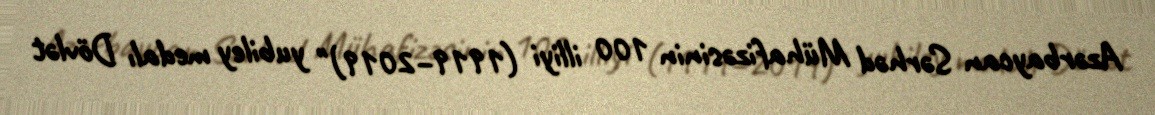
Azərbaycan Sərhəd Mühafizəsinin 100 illiyi (1919–2019)" yubiley medalı Dövlət